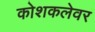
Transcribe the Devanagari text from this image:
कोशकलेवर